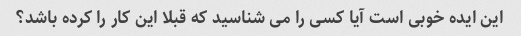
این ایده خوبی است آیا کسی را می شناسید که قبلا این کار را کرده باشد؟